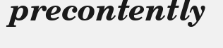
precontently